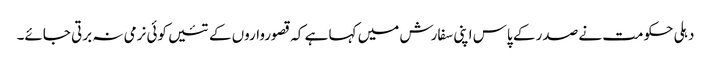
دہلی حکومت نے صدر کے پاس اپنی سفارش میں کہا ہے کہ قصورواروں کے تئیں کوئی نرمی نہ برتی جائے۔